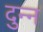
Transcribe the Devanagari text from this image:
दुन्न